Reports on dispensaries and lunatic asylums in the Province of Oudh - 1869-1876
Year: 1869
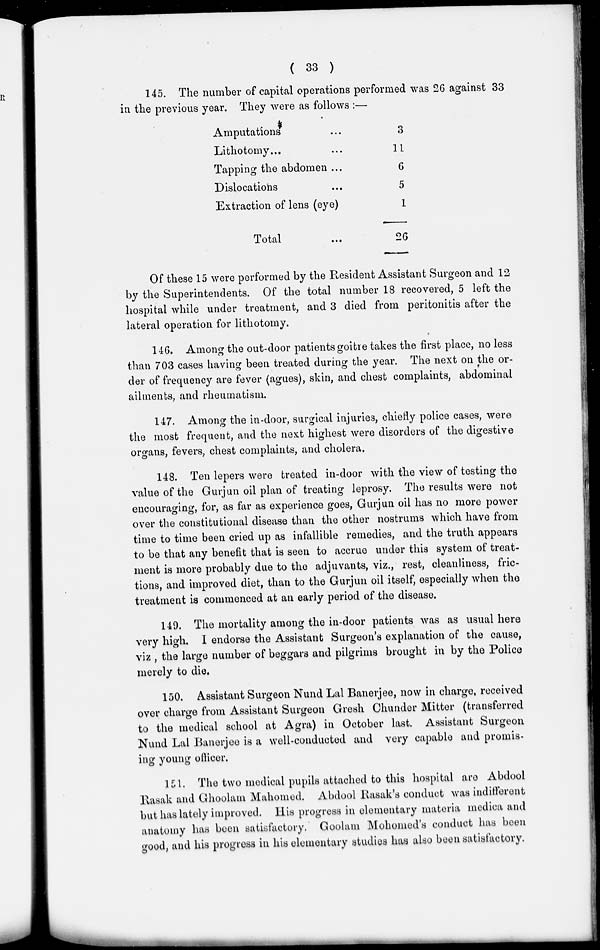
( 33 )
145. The number of capital operations performed was 26 against 33
in the previous year. They were as follows :—
Amputations ...
Lithotomy... ...
Tapping the abdomen ...
Dislocations ...
Extraction of lens (eye)
Total ...
3
11
6
5
1
26
Of these 15 were performed by the Resident Assistant Surgeon and 12
by the Superintendents. Of the total number 18 recovered, 5 left the
hospital while under treatment, and 3 died from peritonitis after the
lateral operation for lithotomy.
146. Among the out-door patients goitre takes the first place, no less
than 703 cases having been treated during the year. The next on the or-
der of frequency are fever (agues), skin, and chest complaints, abdominal
ailments, and rheumatism.
147. Among the in-door, surgical injuries, chiefly police cases, were
the most frequent, and the next highest were disorders of the digestive
organs, fevers, chest complaints, and cholera.
148. Ten lepers were treated in-door with the view of testing the
value of the Gurjun oil plan of treating leprosy. The results were not
encouraging, for, as far as experience goes, Gurjun oil has no more power
over the constitutional disease than the other nostrums which have from
time to time been cried up as infallible remedies, and the truth appears
to be that any benefit that is seen to accrue under this system of treat-
ment is more probably due to the adjuvants, viz., rest, cleanliness, fric-
tions, and improved diet, than to the Gurjun oil itself, especially when the
treatment is commenced at an early period of the disease.
149. The mortality among the in-door patients was as usual here
very high. I endorse the Assistant Surgeon's explanation of the cause,
viz , the large number of beggars and pilgrims brought in by the Police
merely to die.
150. Assistant Surgeon Nund Lal Banerjee, now in charge, received
over charge from Assistant Surgeon Gresh Chunder Mitter (transferred
to the medical school at Agra) in October last. Assistant Surgeon
Nund Lal Banerjee is a well-conducted and very capable and promis-
ing young officer.
151. The two medical pupils attached to this hospital are Abdool
Rasak and Ghoolam Mahomed. Abdool Rasak's conduct was indifferent
but has lately improved. His progress in elementary materia medica and
anatomy has been satisfactory. Goolam Mohomed's conduct has been
good, and his progress in his elementary studies has also been satisfactory.